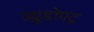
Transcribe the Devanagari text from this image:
ज्य़ूडोपटू